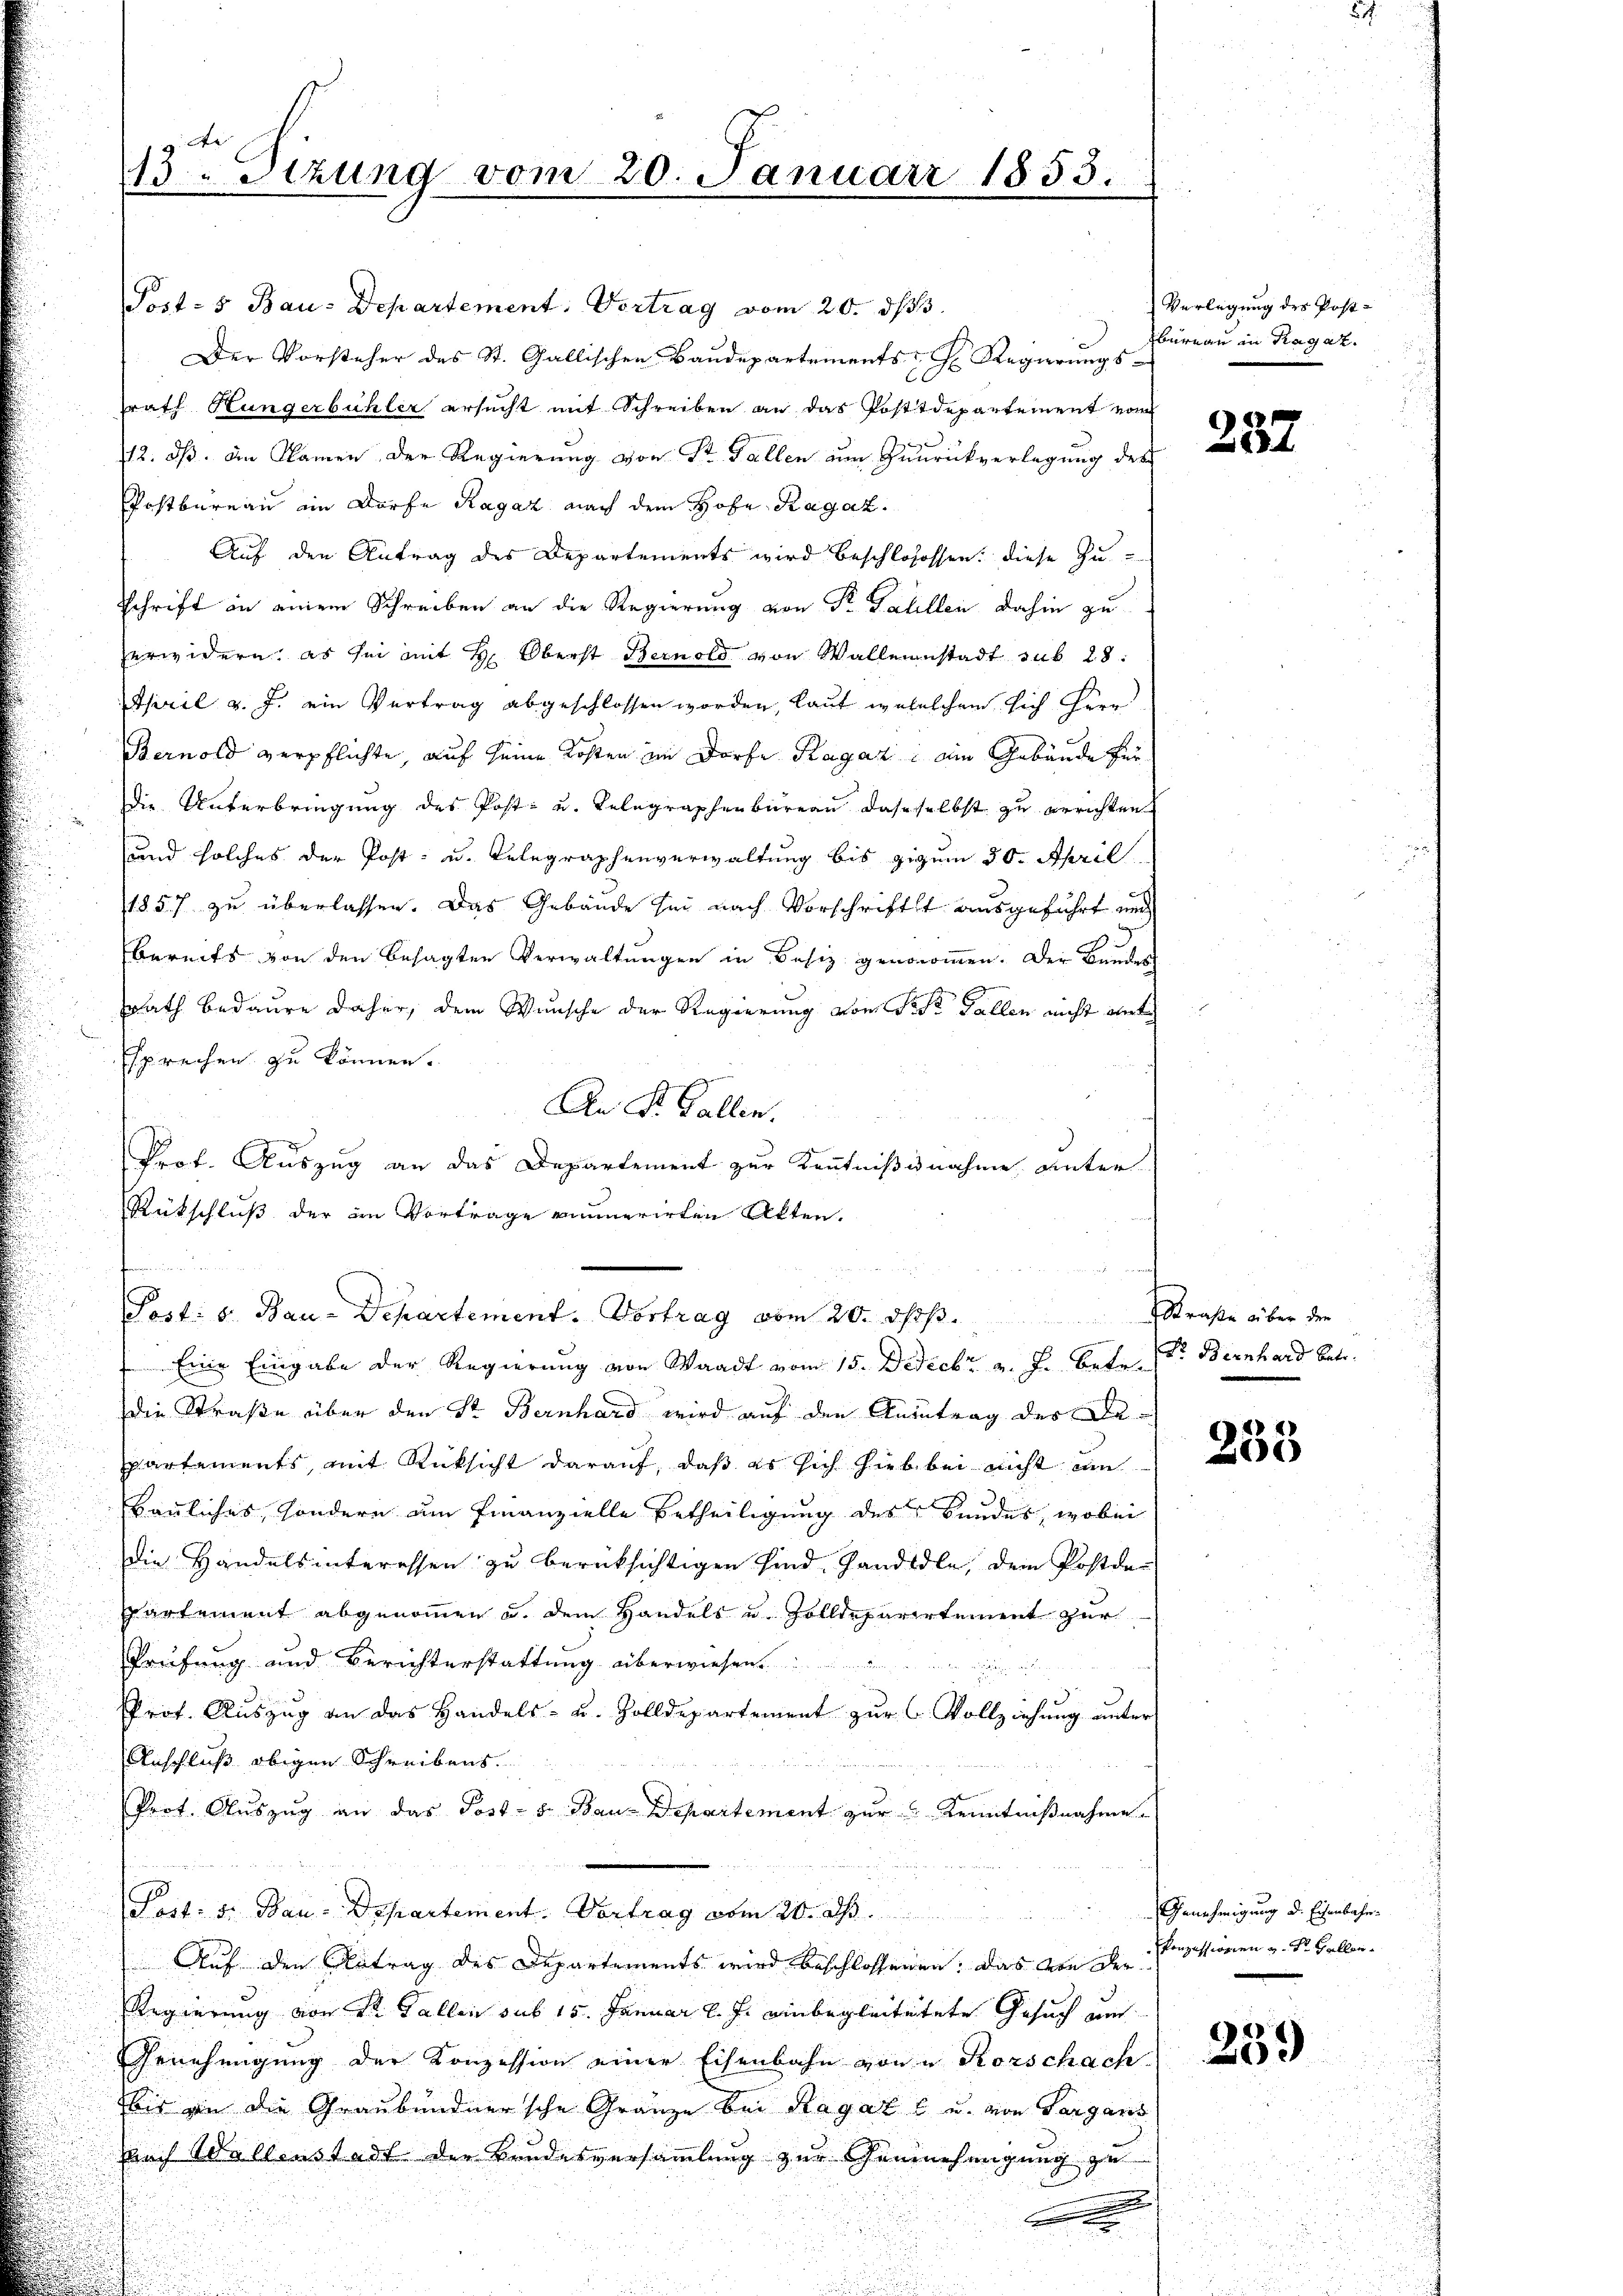
Post- & Bau-Departement. Vortrag vom 20. ds.
Der Vorsteher des St. Gallischen Baudepartements H. Regierungs-
rath Hungerbühler ersucht mit Schreiben an das Postdepartement vom
12. dß. Im Namen der Regierung von Dr. Gallen um Zurückverlegung des
Postbureau im Dorfe Ragaz nach dem Hofe Ragaz
Auf den Antrag des Departements wird beschlosssen: diese Zu¬
Schrift in einem Schreiben an die Regierung von Dr. Galillen dahin zu
erwidern, es sei mit H: Oberst Bernold von Walleinstadt sub 28:
April v. J. ein Vertrag abgeschlossen worden, laut wohelchem sich Herr
Bernold verpflichte, auf seine Kosten im Dorfe Ragaz ein Gebäude zur
die Unterbringung des Post- u. Telegraphenbureau dasselbst zu errichten
und solches der Post- u. Telegraphenverwaltung bis gigem 30. April
1857 zu überlassen. Das Gebäude sei nach Vorschrift ausgeführt und
x
bereits von den besagten Verwaltungen in Besiz genommen. Der Bundes
srath bedaure daher, dem Wunsche der Regierung von der Fallen nicht ent
Esprechen zu können.
An St. Gallen.
Prof. Auszug an das Departement zur Kenntnißnahme unter
Rückschluß der im Vortrage reumerirten Akten.
Post. s. Bau-Departement. Vortrag vom 20. Jos. Straße über den
Eine Eingabe der Regierung von Waadt vom 15. Bedeckt v. J. betr. Dr. Bernhard betr.
die Straße über den St. Bernhard wird auf den Anintrag der Da
spartements, mit Rücksicht darauf, daß es sich hieb bei nicht um
bauliches, sondern am Finanzielle Ertheiligung des Bundes, wobei
die Handelsinteressen zu berücksichtigen sind, handidee, dem Postde-
partement abgenommen u. dem Handels und Zolldeparirtement zur
Prüfung und Berichterstattung überwiesen.
Prot. Auszug an das Handels- u. Zolldepartement zur C. Vollziehung unter
Anschluß obigen Schreibens.
Prof. Auszug an das Post- u. Bau-Departement zur Kenntnißnahme
Post. S. Bau-Departement. Vortrag vom 20. d.
Auf den Antrag des Departements wird beschlossenen. Das von der Conzessionen v. St. Gallen¬
Regierung von Sr. Gallen sub 15. Januar l. J. einbegleitetete Gesuch um
Genehmigung der Konzession einer Eisenbahn von Forschach
bis an die Graubündnersche Gränze bei Ragaz l u. von Sargans
nach Wallenstadt der Brudesversammlung zur Genehmigung zu
a

13. Sizung vom 20. Januar 1853.

Verlegung des Postbureau in Ragaz

237

2
203

Genehmigung d. Eisenbahn

259